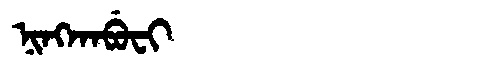
Manchu: ᠨᡳᠩᡴᠠᠪᡠᠸᡳ
Romanization: NINGKABUFI